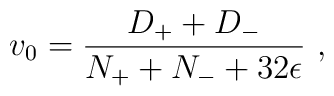
v_{{0}} = \frac{D_+ + D_-}{N_+ + N_- + 32\epsilon} \ ,